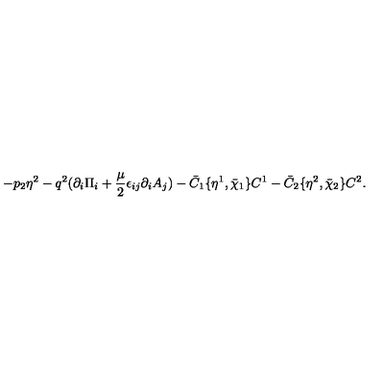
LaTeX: - p _ { 2 } \eta ^ { 2 } - q ^ { 2 } ( \partial _ { i } \Pi _ { i } + { \frac { \mu } { 2 } } \epsilon _ { i j } \partial _ { i } A _ { j } ) - \bar { C } _ { 1 } \{ \eta ^ { 1 } , \bar { \chi } _ { 1 } \} C ^ { 1 } - \bar { C } _ { 2 } \{ \eta ^ { 2 } , \bar { \chi } _ { 2 } \} C ^ { 2 } .